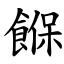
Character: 䭋